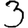
Digit: 3